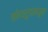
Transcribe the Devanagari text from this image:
कोथरुडमधून